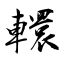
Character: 轘